Indian journal of veterinary science and animal husbandry - Volumes 28-29, 1958-1959
Year: 1958
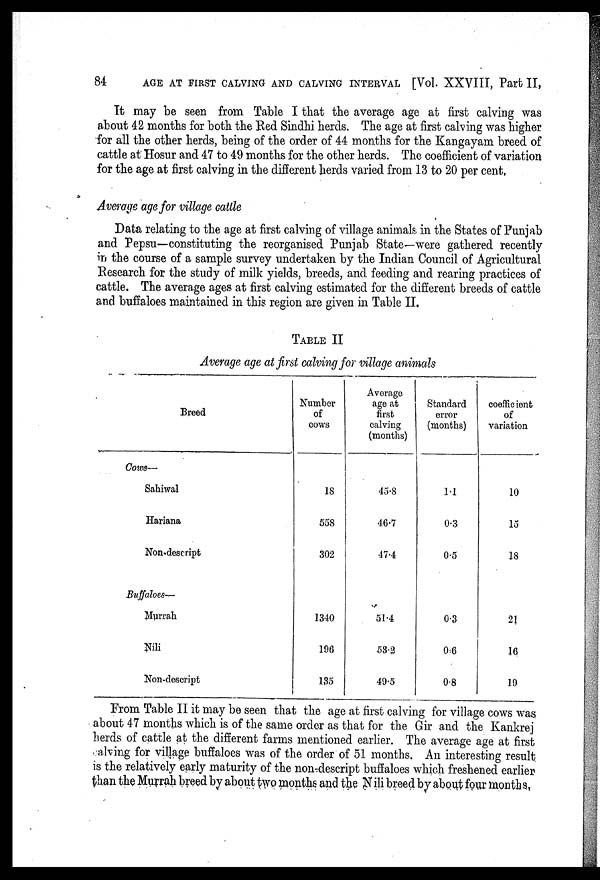
84
AGE AT FIRST CALVING AND CALVING INTERVAL [Vol. XXVIII, Part II,
It may be seen from Table I that the average age at first calving was
about 42 months for both the Red Sindhi herds. The age at first calving was higher
for all the other herds, being of the order of 44 months for the Kangayam breed of
cattle at Hosur and 47 to 49 months for the other herds. The coefficient of variation
for the age at first calving in the different herds varied from 13 to 20 per cent,
Average age for village cattle
Data relating to the age at first calving of village animals in the States of Punjab
and Pepsu—constituting the reorganised Punjab State—were gathered recently
in the course of a sample survey undertaken by the Indian Council of Agricultural
Research for the study of milk yields, breeds, and feeding and rearing practices of
cattle. The average ages at first calving estimated for the different breeds of cattle
and buffaloes maintained in this region are given in Table II.
TABLE II
Average age at first calving for village animals
Breed
Cows—
Sahiwal
Hariana
Non-descript
Buffaloes—
Murrah
Nili
Non-descript
Number
of
cows
18
558
302
1340
196
135
Average
age at
first
calving
(months)
45.8
46.7
47.4
51.4
53.2
49.5
Standard
error
(months)
1.1
0.3
0.5
0.3
0.6
0.8
coefficient
of
variation
10
15
18
21
16
19
From Table II it may be seen that the age at first calving for village cows was
about 47 months which is of the same order as that for the Gir and the Kankrej
herds of cattle at the different farms mentioned earlier. The average age at first
calving for village buffaloes was of the order of 51 months. An interesting result,
is the relatively early maturity of the non-descript buffaloes which freshened earlier
than the Murrah breed by about two months and the Nili breed by about four months,